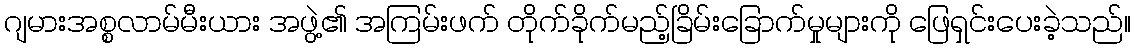
ဂျမားအစ္စလာမ်မီးယား အဖွဲ့၏ အကြမ်းဖက် တိုက်ခိုက်မည့်ခြိမ်းခြောက်မှုများကို ဖြေရှင်းပေးခဲ့သည်။